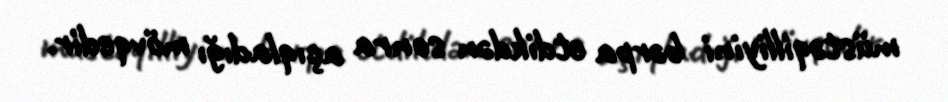
müstəqilliyini bərpa etdikdən sonra açıqladığı mövqedir.